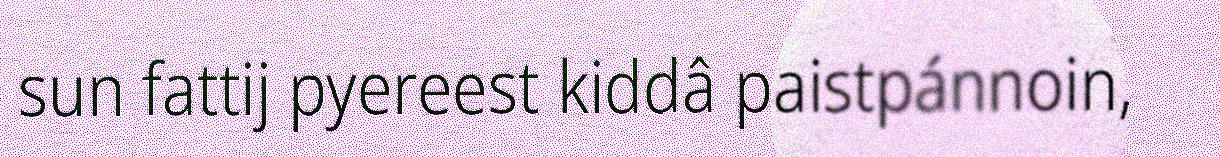
sun fattij pyereest kiddâ paistpánnoin,